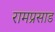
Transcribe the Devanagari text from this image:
रामप्रसाड